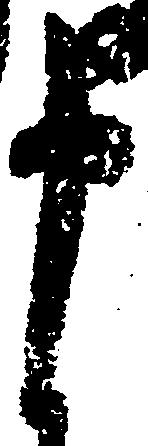
申